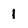
Character: 1